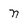
Character: n